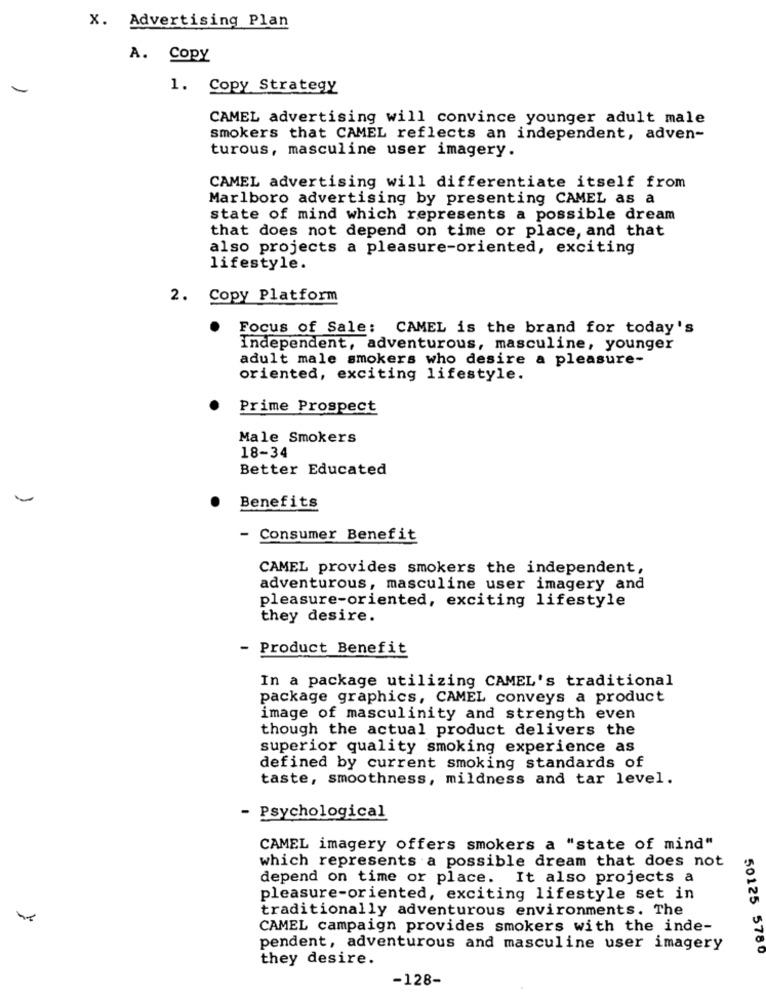
X. Advertising Plan
A. Copy
1
Copy Strategy
CAMEL advertising will convince younger adult male
smokers that CAMEL reflects an independent, adven-
turous, masculine user imagery.
CAMEL advertising will differentiate itself from
Marlboro advertising by presenting CAMEL as a
state of mind which represents a possible dream
that does not depend on time or place, and that
also projects a pleasure-oriented, exciting
lifestyle.
2. Copy Platform
Focus of Sale: CAMEL is the brand for today's
Independent, adventurous, masculine, younger
adult male smokers who desire a pleasure-
oriented, exciting lifestyle.
Prime Prospect
Male Smokers
18-34
Better Educated
Benefits
Consumer Benefit
CAMEL provides smokers the independent,
adventurous, masculine user imagery and
pleasure-oriented, exciting lifestyle
they desire.
- Product Benefit
In a package utilizing CAMEL's traditional
package graphics, CAMEL conveys a product
image of masculinity and strength even
though the actual product delivers the
superior quality smoking experience as
defined by current smoking standards of
taste, smoothness, mildness and tar level.
Psychological
CAMEL imagery offers smokers a "state of mind"
which represents a possible dream that does not
depend on time or place. It also projects a
pleasure-oriented, exciting lifestyle set in
traditionally adventurous environments. The
CAMEL campaign provides smokers with the inde-
pendent, adventurous and masculine user imagery
50125 5780
they desire.
-128-